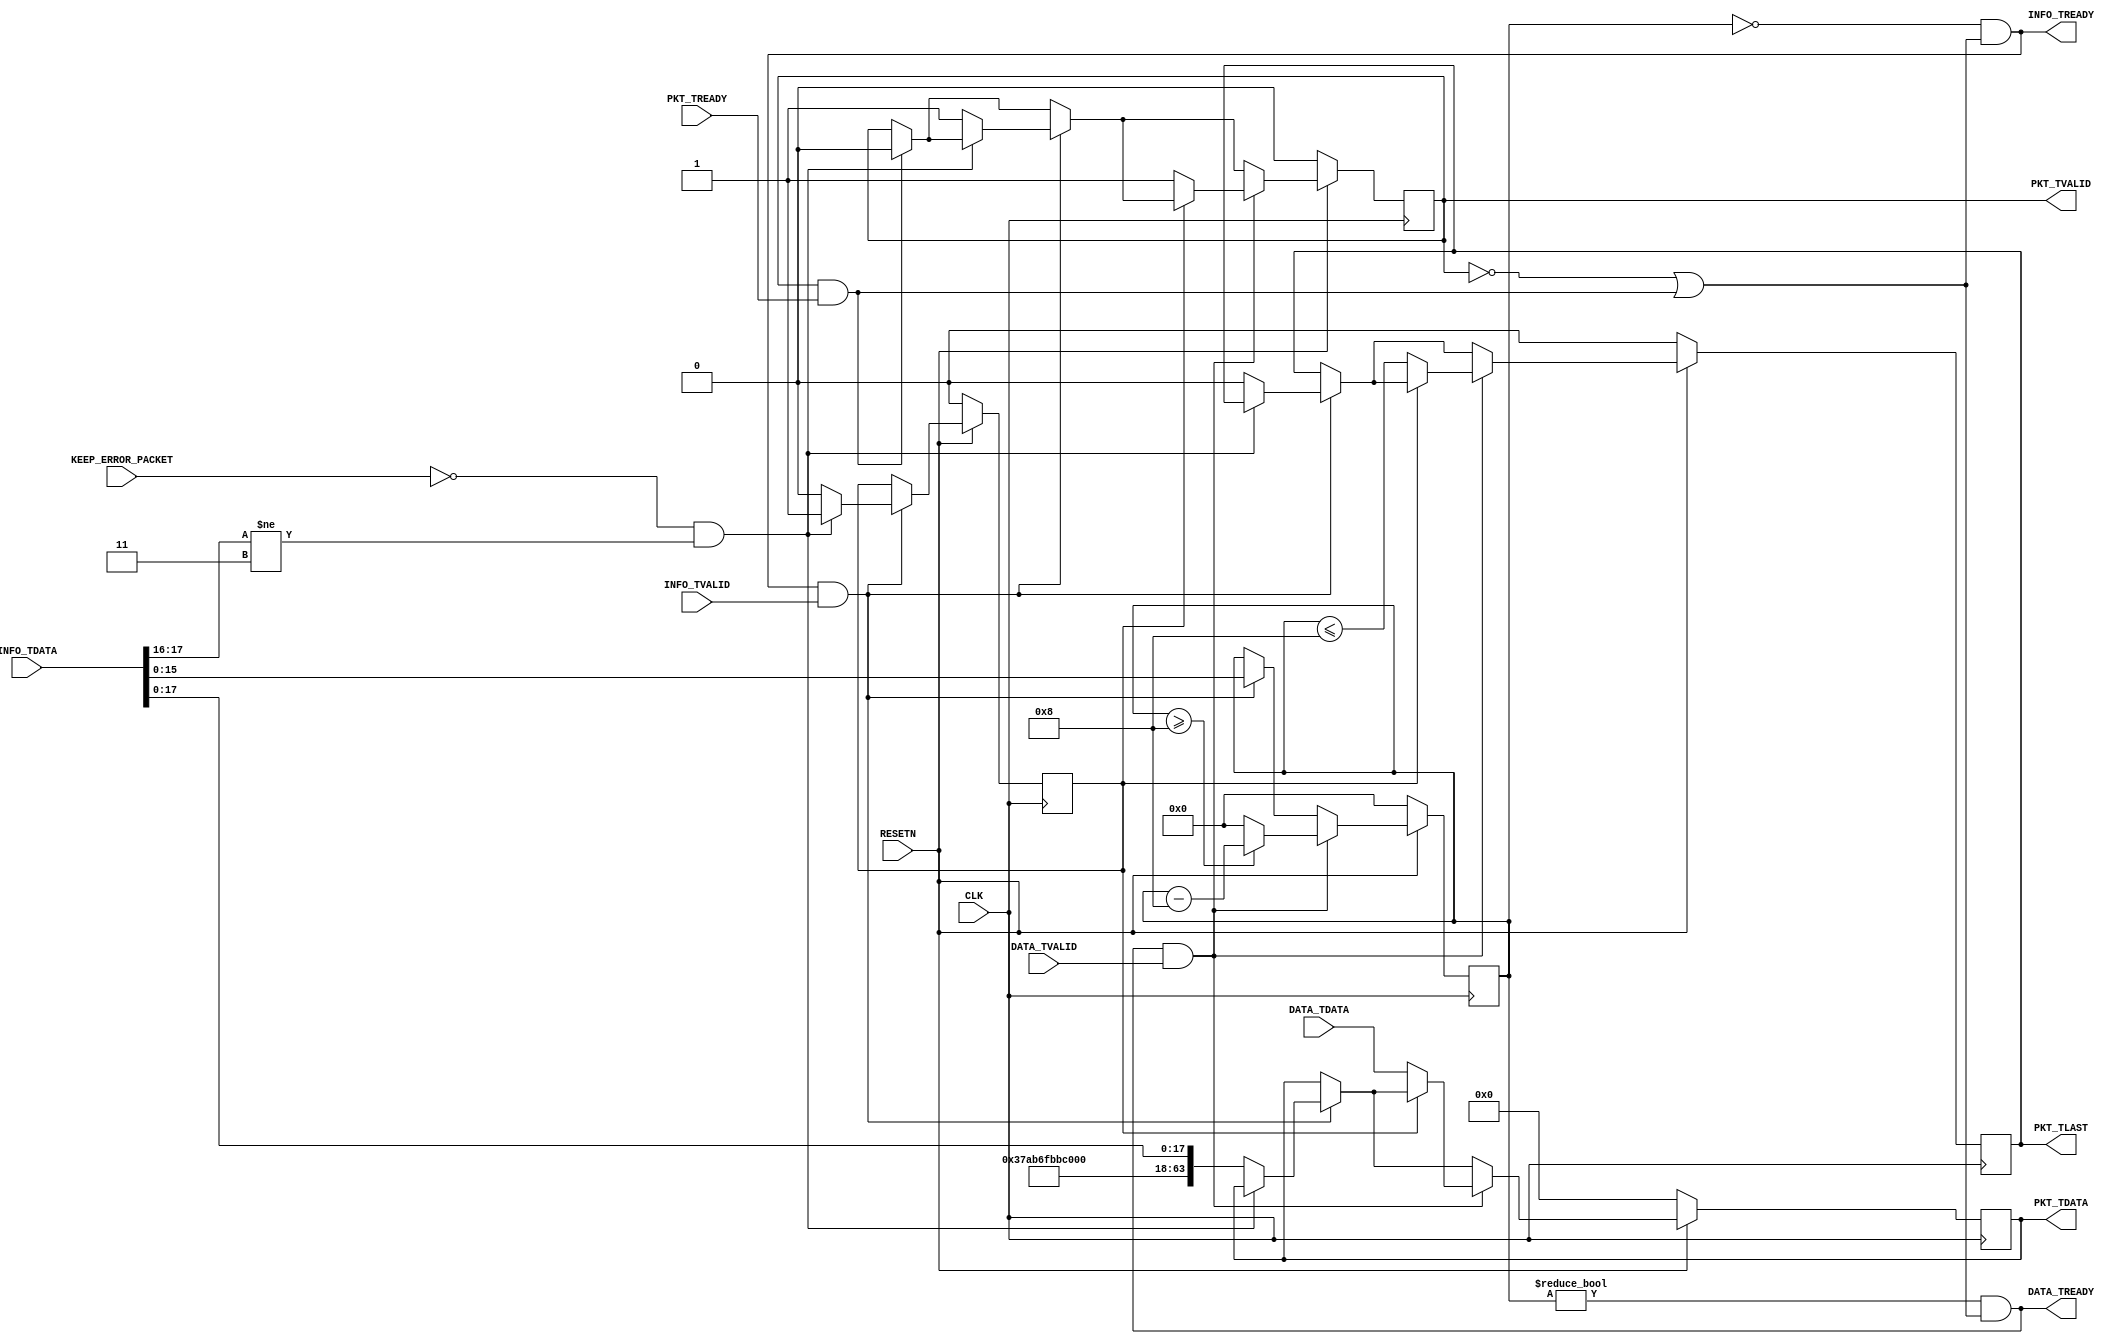

// Copyright (C) Akira Higuchi  ( https://github.com/ahiguti )
// Copyright (C) DeNA Co.,Ltd. ( https://dena.com )
// All rights reserved.
// See COPYRIGHT.txt for details

// datainfoheader
module add_packet_header(
  CLK, RESETN, KEEP_ERROR_PACKET,
  DATA_TDATA, DATA_TVALID, DATA_TREADY,
  INFO_TDATA, INFO_TVALID, INFO_TREADY,
  PKT_TDATA, PKT_TVALID, PKT_TREADY, PKT_TLAST);
input CLK;
input RESETN;
input KEEP_ERROR_PACKET;
(* mark_debug = "true" *) input [63:0] DATA_TDATA;
(* mark_debug = "true" *) input DATA_TVALID;
(* mark_debug = "true" *) output DATA_TREADY;
(* mark_debug = "true" *) input [23:0] INFO_TDATA;
(* mark_debug = "true" *) input INFO_TVALID;
(* mark_debug = "true" *) output INFO_TREADY;
(* mark_debug = "true" *) output [63:0] PKT_TDATA;
(* mark_debug = "true" *) output PKT_TVALID;
(* mark_debug = "true" *) input PKT_TREADY;
(* mark_debug = "true" *) output PKT_TLAST;

reg pkt_tvalid;
reg [63:0] pkt_tdata;
reg pkt_tlast;
reg [15:0] len_rest;
reg drop_flag;

wire pkt_out_ready = (!pkt_tvalid) || (PKT_TVALID && PKT_TREADY);

assign INFO_TREADY = (len_rest == 0) && pkt_out_ready;
assign DATA_TREADY = (len_rest != 0) && pkt_out_ready;
assign PKT_TDATA = pkt_tdata;
assign PKT_TVALID = pkt_tvalid;
assign PKT_TLAST = pkt_tlast;

always @(posedge CLK) begin
  if (!RESETN) begin
    pkt_tvalid <= 0;
    pkt_tdata <= 0;
    pkt_tlast <= 0;
    len_rest <= 0;
    drop_flag <= 0;
  end else begin
    if (PKT_TVALID && PKT_TREADY) begin
      pkt_tvalid <= 0;
    end
    if (INFO_TREADY && INFO_TVALID) begin
      len_rest <= INFO_TDATA[15:0];
      if (!KEEP_ERROR_PACKET && INFO_TDATA[17:16] != 3) begin
        // INFO_TDATA[17] : packet complete
        // INFO_TDATA[16] : fcs correct
        drop_flag <= 1; // incomplete or fcs mismatch
      end else begin
        drop_flag <= 0;
        pkt_tvalid <= 1;
        pkt_tdata <= { 32'hdeadbeef, 14'b0, INFO_TDATA[17:0] };
        pkt_tlast <= 0;
      end
    end
    if (DATA_TREADY && DATA_TVALID) begin
      len_rest <= (len_rest >= 8) ? (len_rest - 8) : 0;
      if (!drop_flag) begin
        pkt_tvalid <= 1;
        pkt_tdata <= DATA_TDATA;
        pkt_tlast <= len_rest <= 8;
      end
    end
  end
end

endmodule